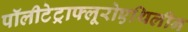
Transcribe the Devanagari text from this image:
पॉलीटेट्राफ्लूरोएथिलीन